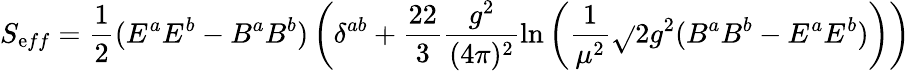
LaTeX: S_{\mathrm{e}ff}=\frac{{1}}{{2}}(E^{a}E^{b}-B^{a}B^{b})\left(\delta^{ab}+\frac{{22}}{{3}}\frac{{g^{2}}}{{(4\pi)^{2}}}\ln\left(\frac{{1}}{{\mu^{2}}}\sqrt{}{{2g^{2}(B^{a}B^{b}-E^{a}E^{b})}}\right)\right)